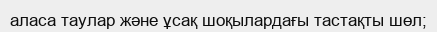
аласа таулар және ұсақ шоқылардағы тастақты шөл;